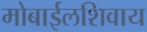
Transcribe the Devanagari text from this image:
मोबाईलशिवाय